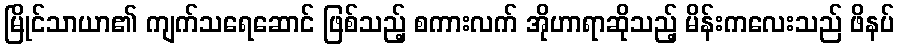
မြိုင်သာယာ၏ ကျက်သရေဆောင် ဖြစ်သည့် စကားလက် အိုဟာရာဆိုသည့် မိန်းကလေးသည် ဖိနပ်